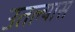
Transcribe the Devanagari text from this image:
उतल्यास